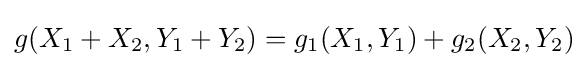
g(X_{1}+X_{2},Y_{1}+Y_{2})=g_{1}(X_{1},Y_{1})+g_{2}(X_{2},Y_{2})